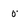
Character: 0